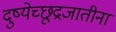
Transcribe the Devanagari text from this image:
दुष्येच्छूद्रजातीनां